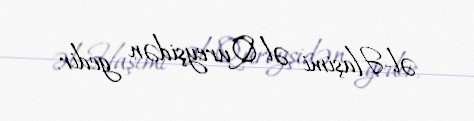
əl-Haşimi əl-Qureyşidən gedir.